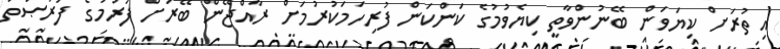
އިތުރަށް ކިޔަވަން ބޭނުންވާތީ ކިޔެވުމުގެ ކަންކަން ފުރިހަމަކުރުމަށް ރާއްޖޭން ބޭރަށް ފުރުމުގެ ފުރުޞަތު